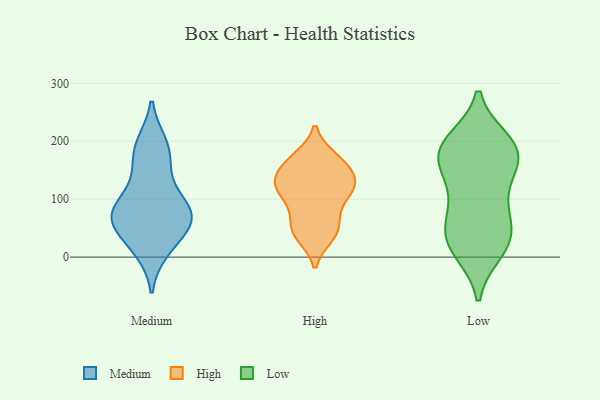
{"axis": {"x": "Net Income (USD K)", "y": "Value"}, "legend": ["High", "Low", "Medium"], "data": [{"x": "", "y": 71, "type": "Medium"}, {"x": "", "y": 142, "type": "Medium"}, {"x": "", "y": 72, "type": "Medium"}, {"x": "", "y": 72, "type": "Medium"}, {"x": "", "y": 96, "type": "Medium"}, {"x": "", "y": 12, "type": "Medium"}, {"x": "", "y": 68, "type": "Medium"}, {"x": "", "y": 182, "type": "Medium"}, {"x": "", "y": 34, "type": "Medium"}, {"x": "", "y": 195, "type": "Medium"}, {"x": "", "y": 133, "type": "High"}, {"x": "", "y": 117, "type": "High"}, {"x": "", "y": 49, "type": "High"}, {"x": "", "y": 41, "type": "High"}, {"x": "", "y": 82, "type": "High"}, {"x": "", "y": 117, "type": "High"}, {"x": "", "y": 171, "type": "High"}, {"x": "", "y": 147, "type": "High"}, {"x": "", "y": 171, "type": "High"}, {"x": "", "y": 166, "type": "High"}, {"x": "", "y": 125, "type": "High"}, {"x": "", "y": 132, "type": "High"}, {"x": "", "y": 154, "type": "High"}, {"x": "", "y": 114, "type": "High"}, {"x": "", "y": 42, "type": "High"}, {"x": "", "y": 69, "type": "High"}, {"x": "", "y": 107, "type": "High"}, {"x": "", "y": 37, "type": "High"}, {"x": "", "y": 192, "type": "Low"}, {"x": "", "y": 148, "type": "Low"}, {"x": "", "y": 21, "type": "Low"}, {"x": "", "y": 26, "type": "Low"}, {"x": "", "y": 21, "type": "Low"}, {"x": "", "y": 189, "type": "Low"}, {"x": "", "y": 194, "type": "Low"}, {"x": "", "y": 168, "type": "Low"}, {"x": "", "y": 128, "type": "Low"}, {"x": "", "y": 69, "type": "Low"}, {"x": "", "y": 98, "type": "Low"}, {"x": "", "y": 200, "type": "Low"}, {"x": "", "y": 65, "type": "Low"}, {"x": "", "y": 164, "type": "Low"}, {"x": "", "y": 49, "type": "Low"}, {"x": "", "y": 182, "type": "Low"}, {"x": "", "y": 11, "type": "Low"}]}